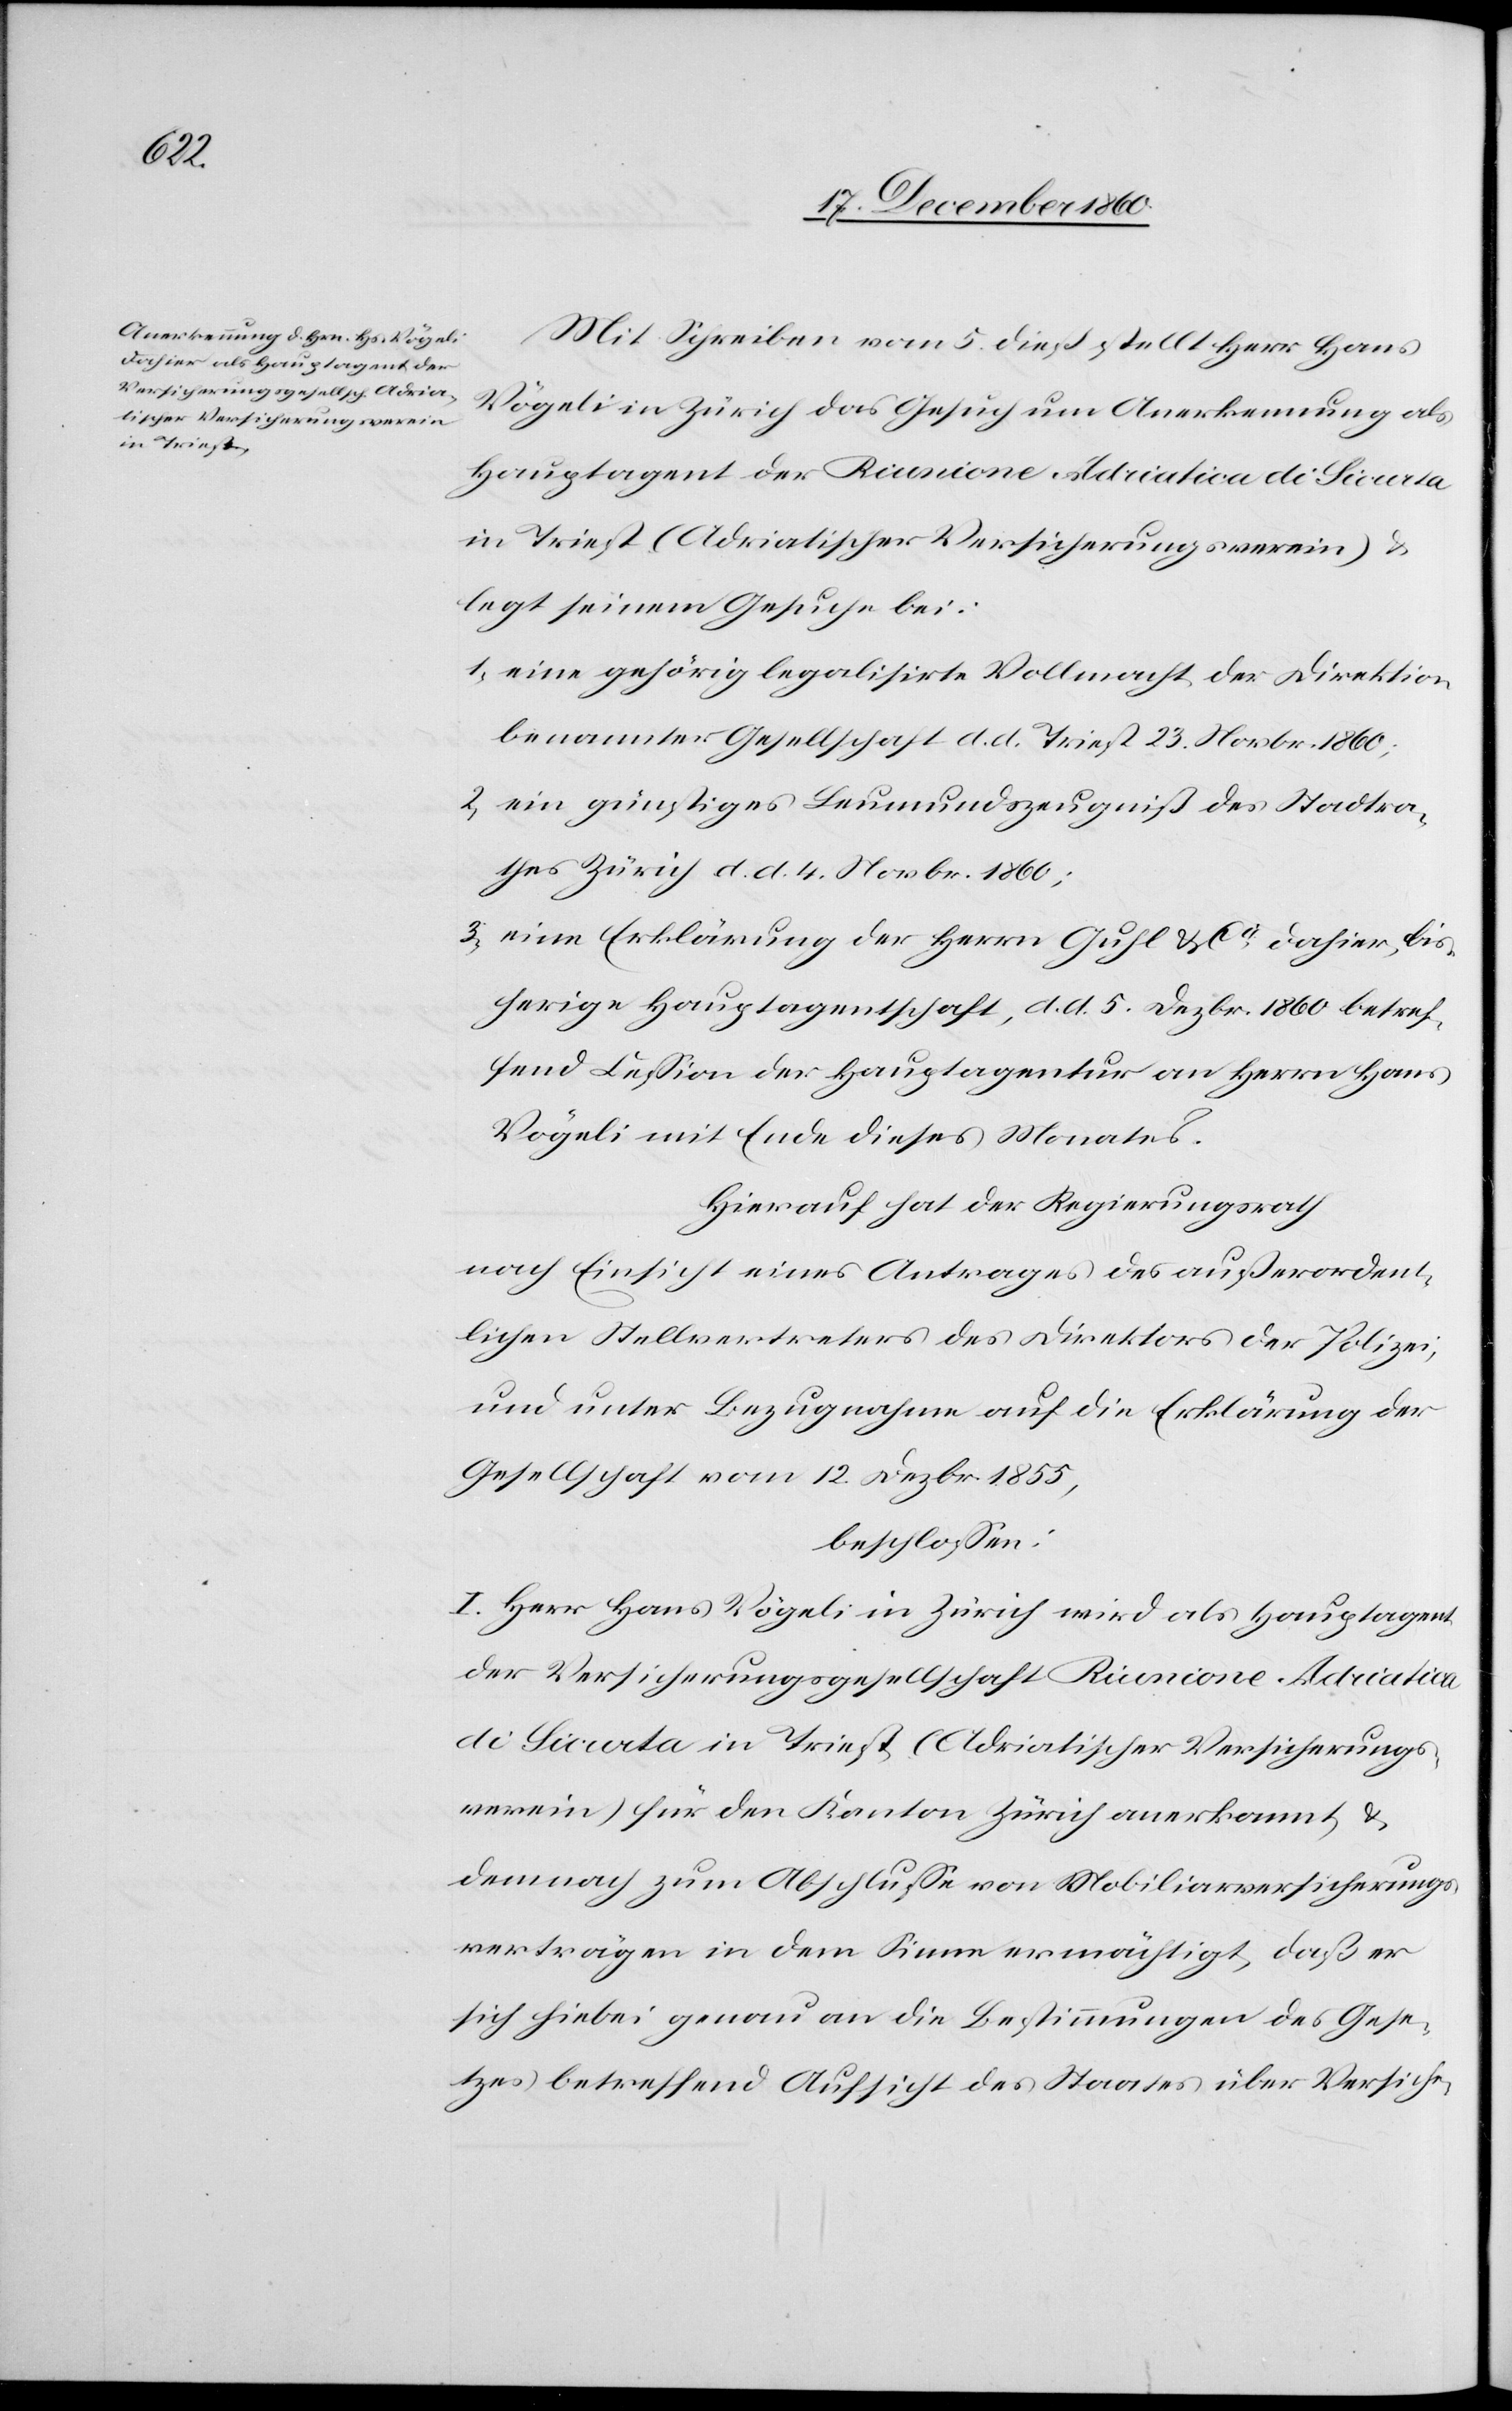
Mit Schreiben vom 5. dieß stellt Herr Hans
Vögeli in Zürich das Gesuch um Anerkennung als
Hauptagent der Riunione Adriatica di Sicurta
in Triest (Adriatischer Versicherungsverein) u.
legt seinem Gesuche bei:
1) eine gehörig legalisirte Vollmacht der Direktion
benannter Gesellschaft d. d. Triest 23. Novbr. 1860;
2) ein günstiges Leumundszeugniß des Stadtra¬
thes Zürich d. d. 4. Novbr. 1860;
3) eine Erklärung der Herrn Guhl & Cie dahier, bi¬
sherige Hauptagentschaft, d. d. 5. Dezbr. 1860 betref¬
fend Cession der Hauptagentur an Herrn Hans
Vögeli mit Ende dieses Monates.
Hierauf hat der Regierungsrath
nach Einsicht eines Antrages des außerordent¬
lichen Stellvertreters des Direktors der Polizei,
und unter Bezugnahme auf die Erklärung der
Gesellschaft vom 12. Dezbr. 1855,
beschlossen:
I. Herr Hans Vögeli in Zürich wird als Hauptagent
der Versicherungsgesellschaft Riunione Adriatica
di Sicurta in Triest (Adriatischer Versicherungs¬
verein) für den Kanton Zürich anerkannt u.
demnach zum Abschlusse von Mobiliarversicherungs¬
verträgen in dem Sinne ermächtigt, daß er
sich hiebei genau an die Bestimmungen des Gese¬
tzes betreffend Aufsicht des Staates über Versiche-